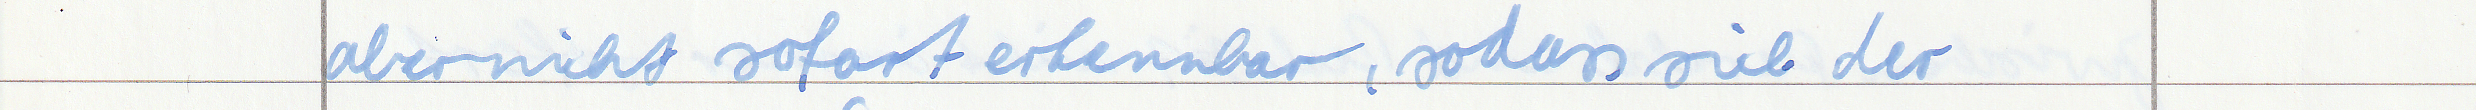
aber nicht sofort erkennbar, sodass sich der